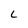
Character: L